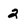
Character: 2